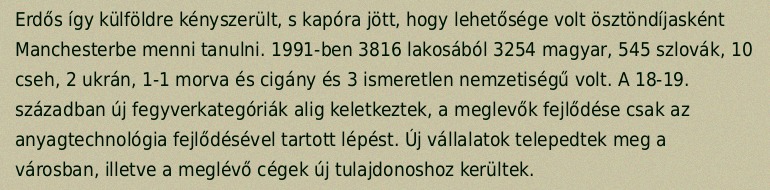
Erdős így külföldre kényszerült, s kapóra jött, hogy lehetősége volt ösztöndíjasként Manchesterbe menni tanulni. 1991-ben 3816 lakosából 3254 magyar, 545 szlovák, 10 cseh, 2 ukrán, 1-1 morva és cigány és 3 ismeretlen nemzetiségű volt. A 18-19. században új fegyverkategóriák alig keletkeztek, a meglevők fejlődése csak az anyagtechnológia fejlődésével tartott lépést. Új vállalatok telepedtek meg a városban, illetve a meglévő cégek új tulajdonoshoz kerültek.